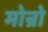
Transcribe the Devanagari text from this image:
मोन्रो